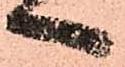
へ